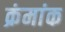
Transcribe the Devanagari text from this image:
क्रंमांक